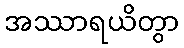
အဿာရယိတွာ